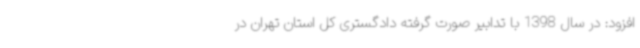
افزود: در سال 1398 با تدابیر صورت گرفته دادگستری کل استان تهران در